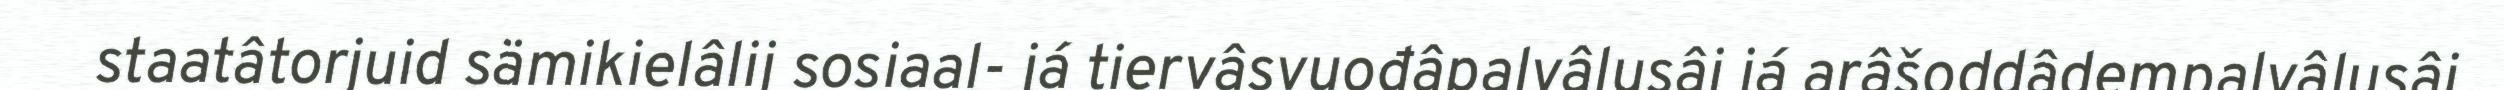
staatâtorjuid sämikielâlij sosiaal- já tiervâsvuođâpalvâlusâi já arâšoddâdempalvâlusâi